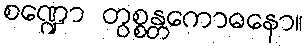
စဏ္ဍော တွစ္စန္တကောဓနော။